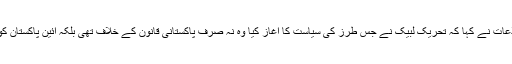
وفاقی وزیراطلاعات نے کہا کہ تحریک لبیک نے جس طرز کی سیاست کا آغاز کیا وہ نہ صرف پاکستانی قانون کے خلاف تھی بلکہ آئین پاکستان کو بھی للکارا گیا۔